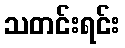
သတင်းရင်း